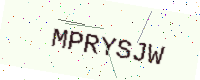
Text: MPRYSJW